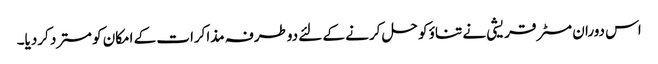
اس دوران مسٹر قریشی نے تناؤ کو حل کرنے کے لئے دوطرفہ مذاکرات کے امکان کو مسترد کردیا۔